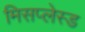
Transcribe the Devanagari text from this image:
मिसप्लेस्ड